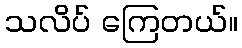
သလိပ် ကြေတယ်။